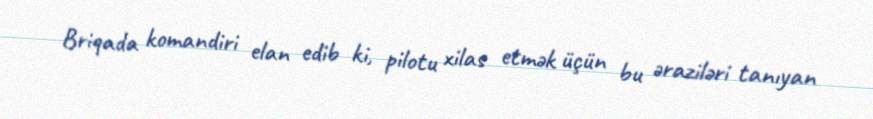
Briqada komandiri elan edib ki, pilotu xilas etmək üçün bu əraziləri tanıyan